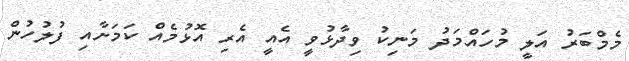
މެމްބަރު އަލީ މުހައްމަދު މަނިކު ވިދާޅުވީ އެއީ އެރި އޮޅުމެއް ކަމަށާއި ފުލުހުން